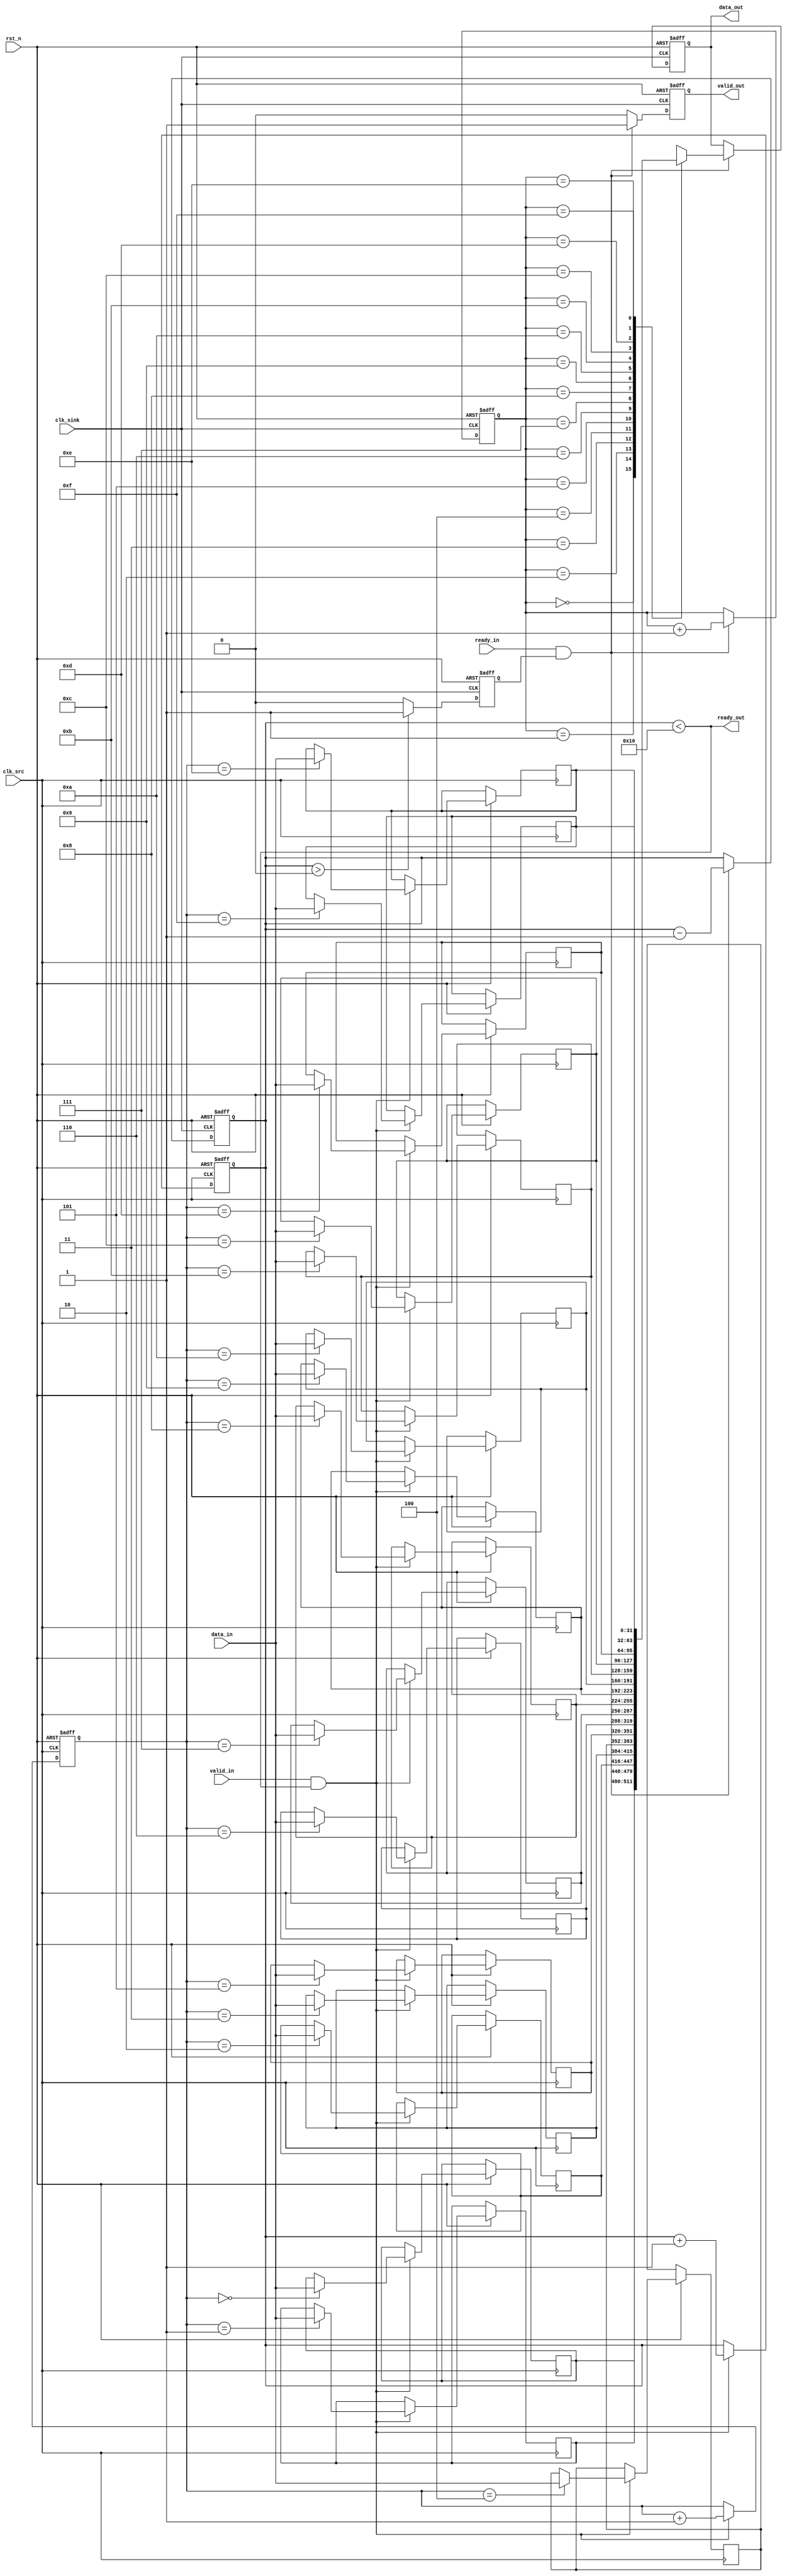
module burst_mode_synchronizer #(
    parameter DATA_WIDTH = 32,
    parameter FIFO_DEPTH = 16
)(
    input wire clk_src,                // Source clock
    input wire clk_sink,               // Sink clock
    input wire rst_n,                  // Active low reset
    input wire [DATA_WIDTH-1:0] data_in, // Data input from source
    input wire valid_in,               // Valid signal from source
    output wire ready_out,             // Ready signal for source
    output wire [DATA_WIDTH-1:0] data_out, // Data output to sink
    output wire valid_out,             // Valid signal for sink
    input wire ready_in                 // Ready signal from sink
);

    // FIFO Buffer
    reg [DATA_WIDTH-1:0] fifo [0:FIFO_DEPTH-1];
    reg [3:0] write_ptr, read_ptr;
    reg [3:0] fifo_count;

    // Handshake signals
    reg valid_sync;
    reg ready_sync;

    // Output register
    reg [DATA_WIDTH-1:0] data_out_reg;
    reg valid_out_reg;

    // Reset and FIFO management
    always @(posedge clk_src or negedge rst_n) begin
        if (!rst_n) begin
            write_ptr <= 0;
            fifo_count <= 0;
        end else if (valid_in && (fifo_count < FIFO_DEPTH)) begin
            fifo[write_ptr] <= data_in;
            write_ptr <= write_ptr + 1;
            fifo_count <= fifo_count + 1;
        end
    end

    assign ready_out = (fifo_count < FIFO_DEPTH);

    // Synchronization Logic for Valid Signal
    always @(posedge clk_sink or negedge rst_n) begin
        if (!rst_n) begin
            valid_sync <= 0;
        end else begin
            valid_sync <= (fifo_count > 0) ? 1 : 0;
        end
    end

    // Read from FIFO on sink clock
    always @(posedge clk_sink or negedge rst_n) begin
        if (!rst_n) begin
            read_ptr <= 0;
            fifo_count <= 0;
            data_out_reg <= 0;
            valid_out_reg <= 0;
        end else if (ready_in && valid_sync) begin
            data_out_reg <= fifo[read_ptr];
            valid_out_reg <= 1;
            read_ptr <= read_ptr + 1;
            fifo_count <= fifo_count - 1;
        end else begin
            valid_out_reg <= 0;
        end
    end

    assign data_out = data_out_reg;
    assign valid_out = valid_out_reg;

endmodule